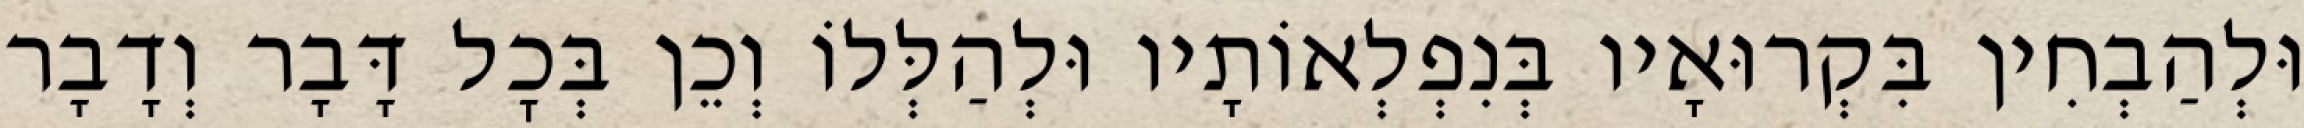
וּלְהַבְחִין בִּקְרוּאָיו בְּנִפְלְאוֹתָיו וּלְהַלְּלוֹ וְכֵן בְּכׇל דָּבָר וְדָבָר